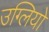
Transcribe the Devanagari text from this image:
उग्लियो